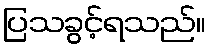
ပြသခွင့်ရသည်။